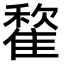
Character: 𩀒